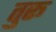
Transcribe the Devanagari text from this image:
तुरू